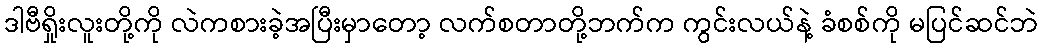
ဒါဗီရှိုးလူးတို့ကို လဲကစားခဲ့အပြီးမှာတော့ လက်စတာတို့ဘက်က ကွင်းလယ်နဲ့ ခံစစ်ကို မပြင်ဆင်ဘဲ